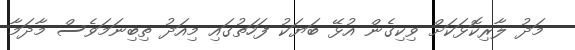
މަދު ލާރިކޮޅަކަށް ވިކިގެން އުޅޭ ބަޔަކު ފަހަތުގައި މިއަދު ތިބިނަމަވެސް މާދަމާ